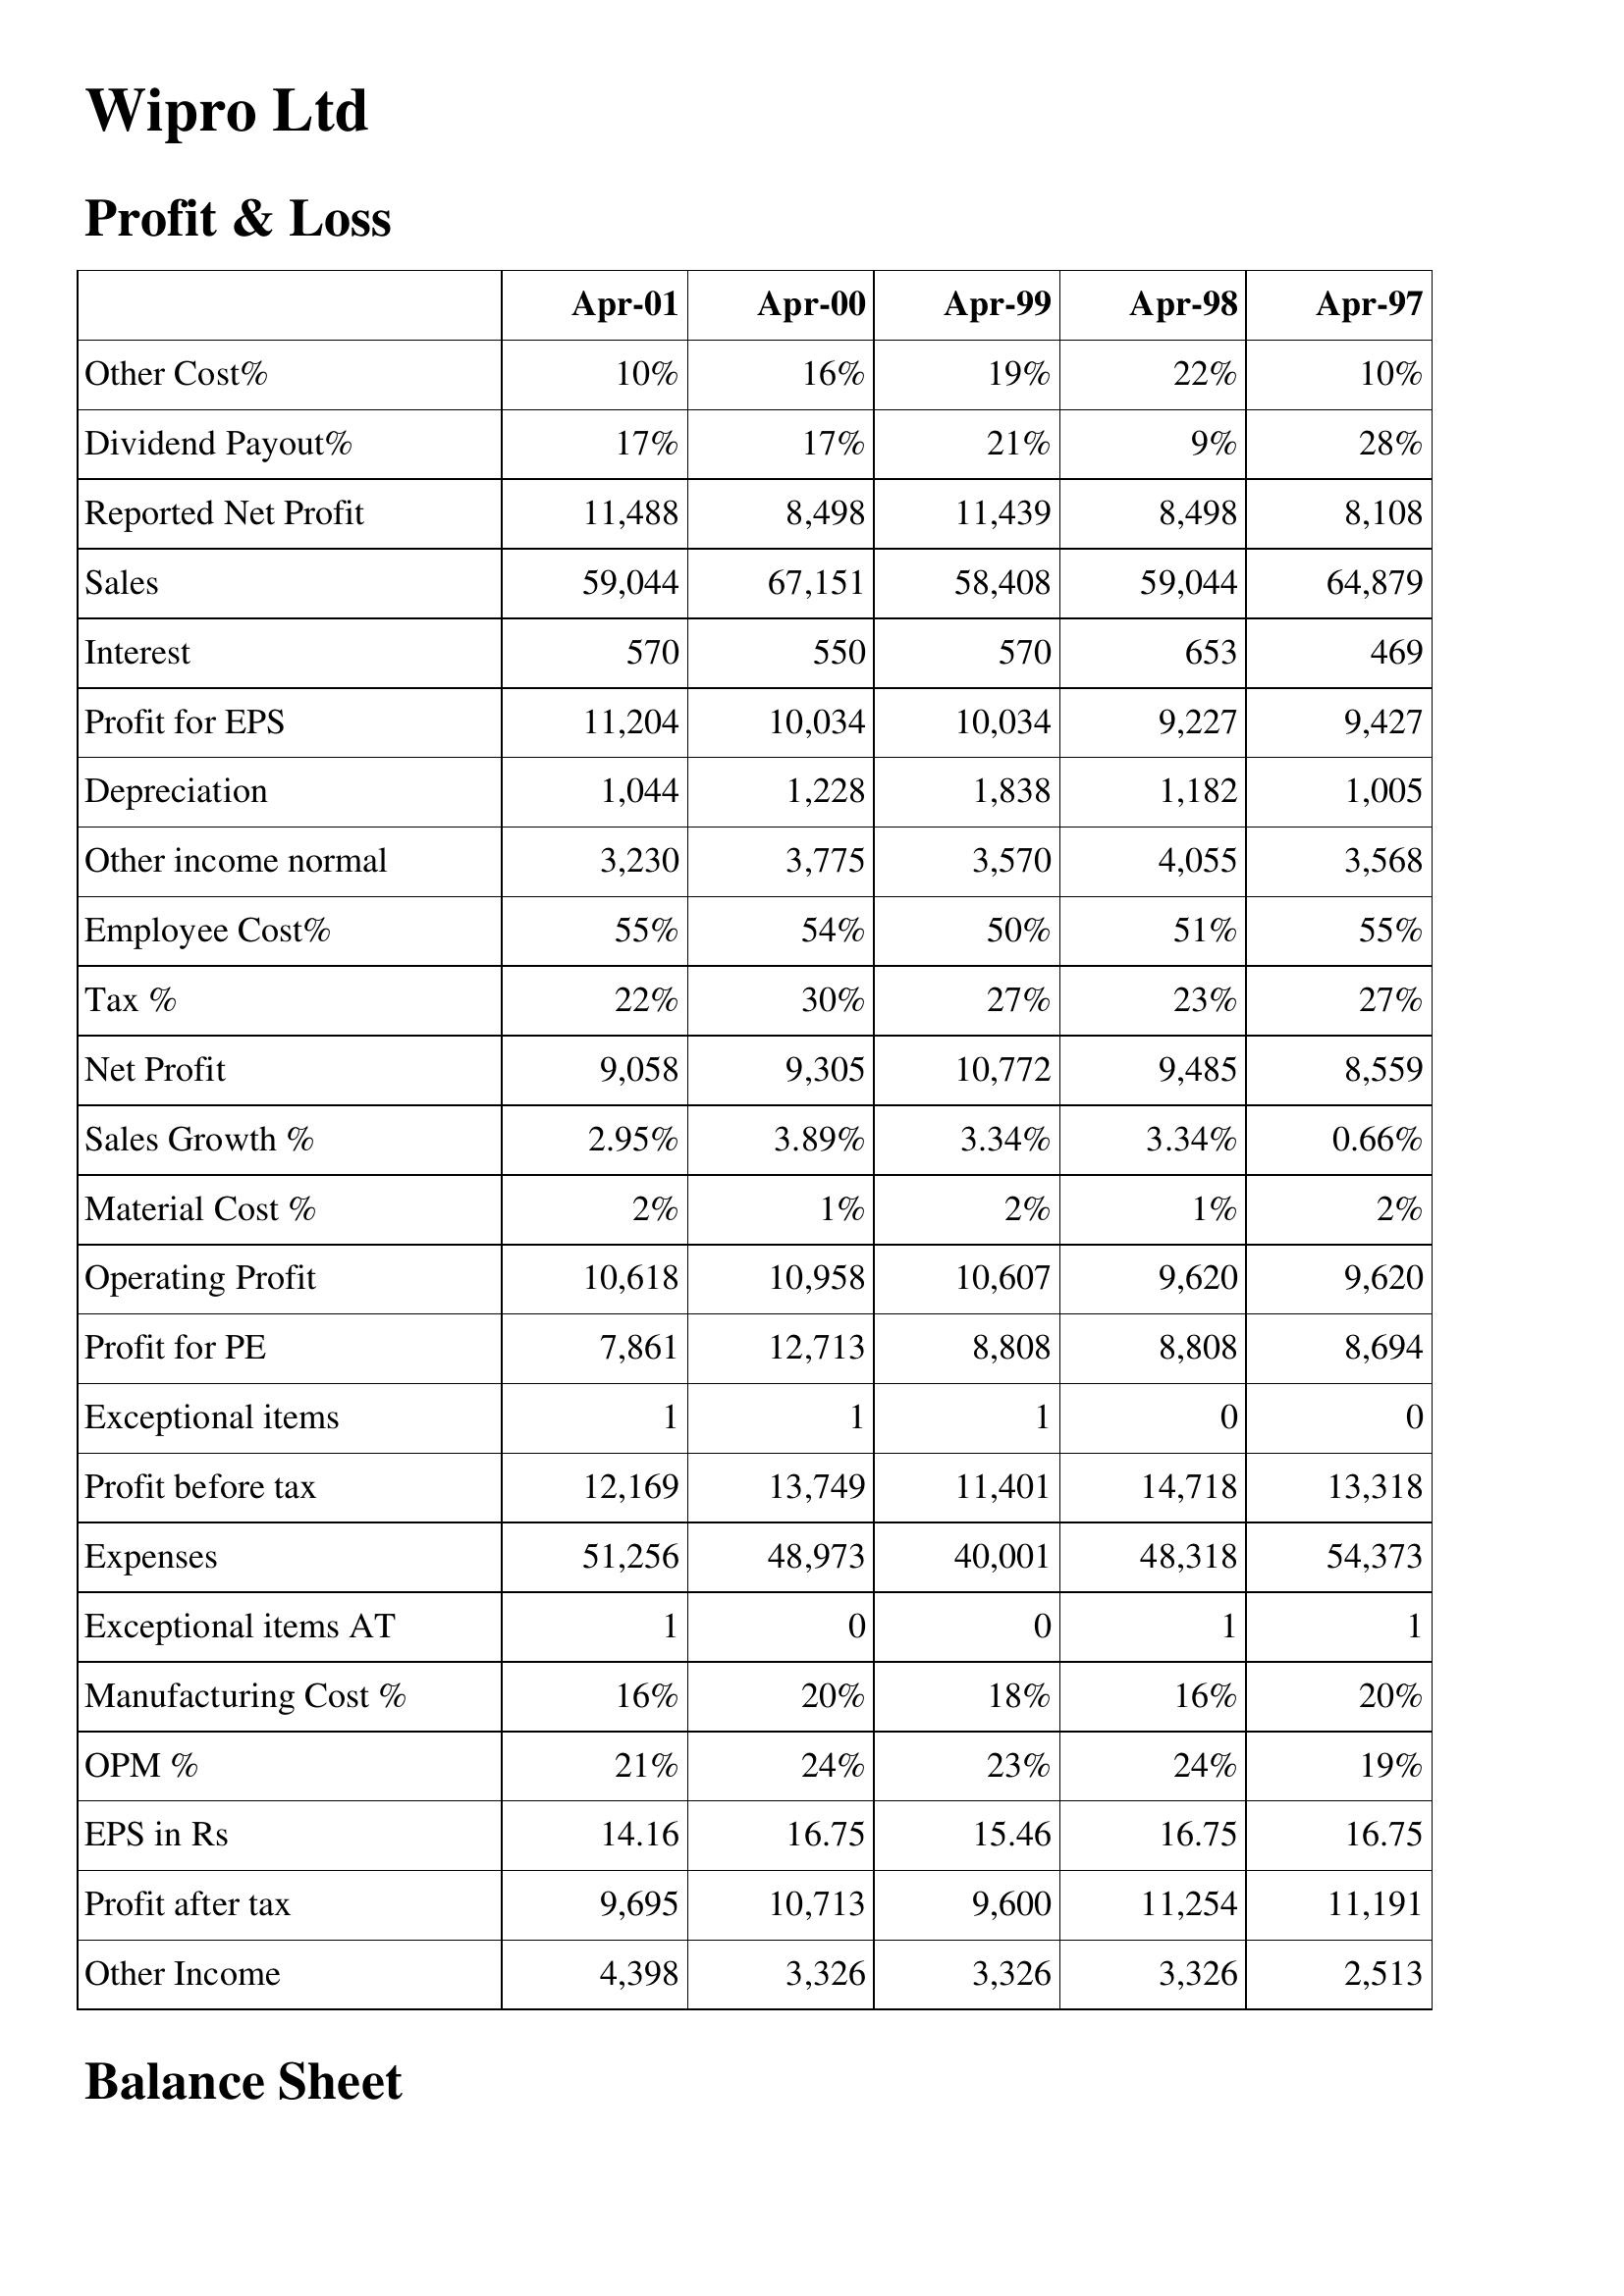
Apr-01: Profit & Loss: Other Cost%: 10%
Dividend Payout%: 17%
Reported Net Profit: 11,488
Sales: 59,044
Interest: 570
Profit for EPS: 11,204
Depreciation: 1,044
Other income normal: 3,230
Employee Cost%: 55%
Tax %: 22%
Net Profit: 9,058
Sales Growth %: 2.95%
Material Cost %: 2%
Operating Profit: 10,618
Profit for PE: 7,861
Exceptional items: 1
Profit before tax: 12,169
Expenses: 51,256
Exceptional items AT: 1
Manufacturing Cost %: 16%
OPM %: 21%
EPS in Rs: 14.16
Profit after tax: 9,695
Other Income: 4,398
Apr-00: Profit & Loss: Other Cost%: 16%
Dividend Payout%: 17%
Reported Net Profit: 8,498
Sales: 67,151
Interest: 550
Profit for EPS: 10,034
Depreciation: 1,228
Other income normal: 3,775
Employee Cost%: 54%
Tax %: 30%
Net Profit: 9,305
Sales Growth %: 3.89%
Material Cost %: 1%
Operating Profit: 10,958
Profit for PE: 12,713
Exceptional items: 1
Profit before tax: 13,749
Expenses: 48,973
Exceptional items AT: 0
Manufacturing Cost %: 20%
OPM %: 24%
EPS in Rs: 16.75
Profit after tax: 10,713
Other Income: 3,326
Apr-99: Profit & Loss: Other Cost%: 19%
Dividend Payout%: 21%
Reported Net Profit: 11,439
Sales: 58,408
Interest: 570
Profit for EPS: 10,034
Depreciation: 1,838
Other income normal: 3,570
Employee Cost%: 50%
Tax %: 27%
Net Profit: 10,772
Sales Growth %: 3.34%
Material Cost %: 2%
Operating Profit: 10,607
Profit for PE: 8,808
Exceptional items: 1
Profit before tax: 11,401
Expenses: 40,001
Exceptional items AT: 0
Manufacturing Cost %: 18%
OPM %: 23%
EPS in Rs: 15.46
Profit after tax: 9,600
Other Income: 3,326
Apr-98: Profit & Loss: Other Cost%: 22%
Dividend Payout%: 9%
Reported Net Profit: 8,498
Sales: 59,044
Interest: 653
Profit for EPS: 9,227
Depreciation: 1,182
Other income normal: 4,055
Employee Cost%: 51%
Tax %: 23%
Net Profit: 9,485
Sales Growth %: 3.34%
Material Cost %: 1%
Operating Profit: 9,620
Profit for PE: 8,808
Exceptional items: 0
Profit before tax: 14,718
Expenses: 48,318
Exceptional items AT: 1
Manufacturing Cost %: 16%
OPM %: 24%
EPS in Rs: 16.75
Profit after tax: 11,254
Other Income: 3,326
Apr-97: Profit & Loss: Other Cost%: 10%
Dividend Payout%: 28%
Reported Net Profit: 8,108
Sales: 64,879
Interest: 469
Profit for EPS: 9,427
Depreciation: 1,005
Other income normal: 3,568
Employee Cost%: 55%
Tax %: 27%
Net Profit: 8,559
Sales Growth %: 0.66%
Material Cost %: 2%
Operating Profit: 9,620
Profit for PE: 8,694
Exceptional items: 0
Profit before tax: 13,318
Expenses: 54,373
Exceptional items AT: 1
Manufacturing Cost %: 20%
OPM %: 19%
EPS in Rs: 16.75
Profit after tax: 11,191
Other Income: 2,513